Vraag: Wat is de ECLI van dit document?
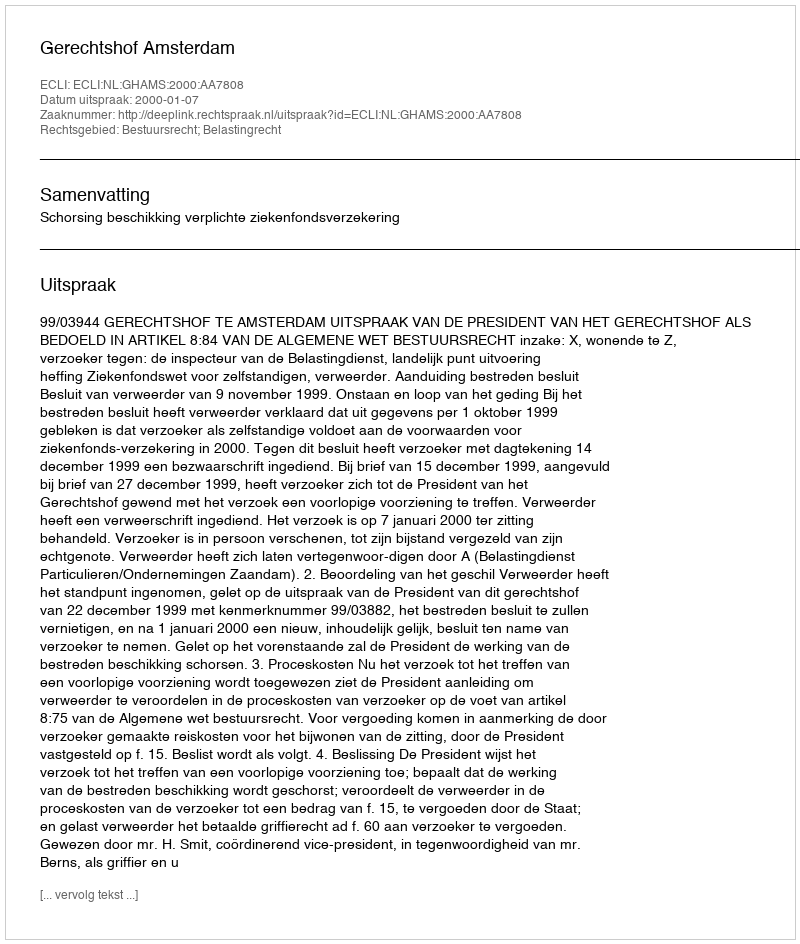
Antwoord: ECLI:NL:GHAMS:2000:AA7808